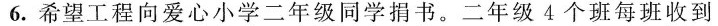
6.希望工程向爱心小学二年级同学捐书。二年级4个班每班收到